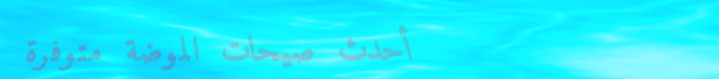
أحدث صيحات الموضة متوفرة